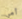
أمي